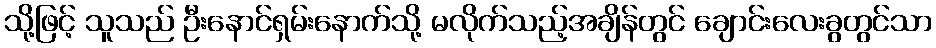
သို့ဖြင့် သူသည် ဦးနောင်ရှမ်းနောက်သို့ မလိုက်သည့်အချိန်တွင် ချောင်းလေးခွတွင်သာ